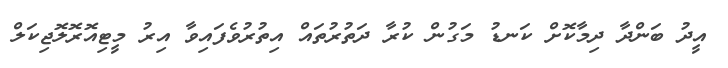
އީދު ބަންދާ ދިމާކޮށް ކަނޑު މަގުން ކުރާ ދަތުރުތައް އިތުރުވެފައިވާ އިރު މީޓިއޮރޮލޮޖިކަލް